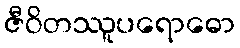
ဇီဝိတဿူပရောဓော